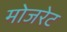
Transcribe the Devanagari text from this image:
मोजरेट